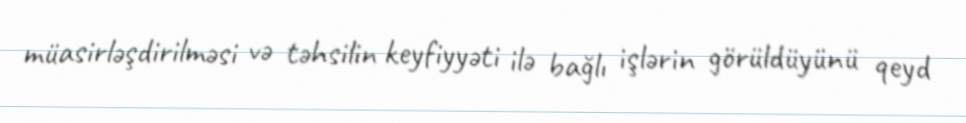
müasirləşdirilməsi və təhsilin keyfiyyəti ilə bağlı işlərin görüldüyünü qeyd